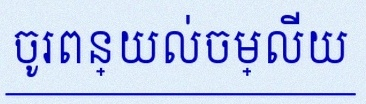
ចូរពន្យល់ចម្លើយ